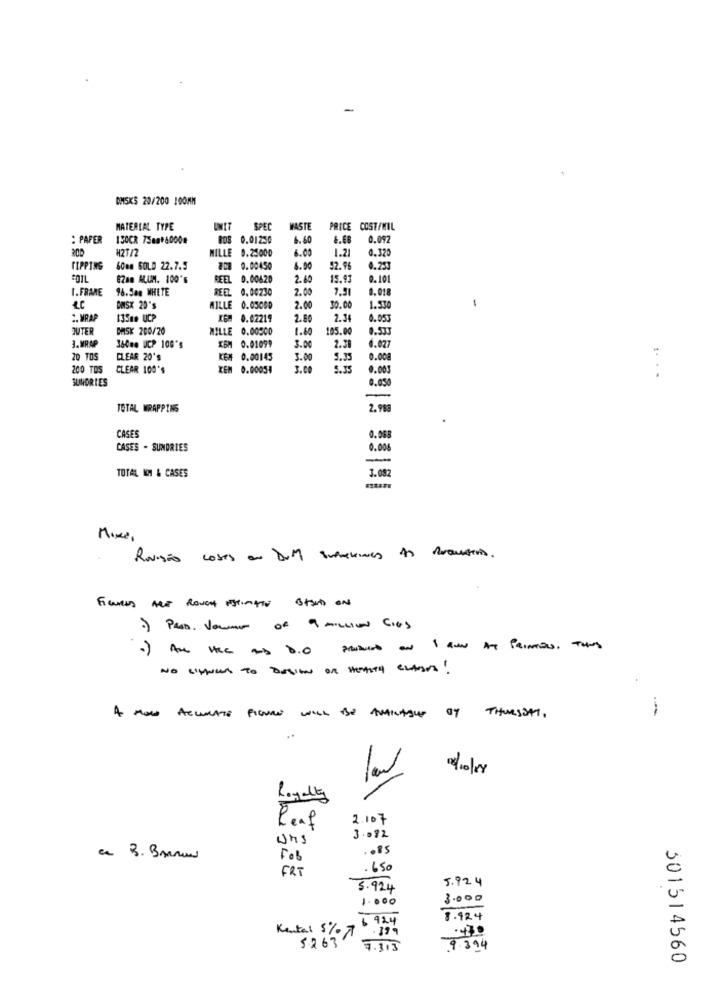
-
DMSKS 20/200 100MM
MATERIAL TYPE
SPEC
WASTE
PRICE COST/MIL
: PAPER
150CR 738896000#
BOS 0.01230
6.60
6.68
0.092
aco
H21/2
MILLE 0.25000
6.00
1.21
0.320
TIPPING
60mm GOLD 22.7.5
808 0.00450
6.00
12.96
0.253
COIL
82am ALIM. 100's
FEEL 0.00620
2.60
15.93
0. 101
1.FRAME
96.5am WHITE
REEL 0.00230
2.00
7.91
1.018
DNSX 20's
WILLE 0.05060
2.00
$0.00
1.530
WRAP
135me UCP
KGM 0.02219
2.80
2.3
0.053
OUTER
DASK 200/20
MILLE 0.00500
1.60
105.00
8.53
3.MRAP
3.00
2.38
1.027
360mm UCP 100's
IBM 0.01099
20 TOS
CLEAR 20'S
KE# 0.00145
3.00
5.35
200 TOS
CLEAR 100's
ZEM 0.00054
3.C.
5.35
0.003
SUNORIES
0.05
TOTAL WRAPPING
2.989
CASES
0.083
CASES - SUNDRIES
0.006
-
TOTAL NA & CASES
3.082
Mixer
Revisão coses an Dum summekines to Puaustin.
NO SIMNUL TO DESIGN OF HEALTH CLAIMS!
A HOW ACCULATE FIGURE WILL Be AVAILABLE on THURSDAY,
-
Royalty
Reaf
2.107
uns
3.072
. OBS
a B. Bunun
Fob
FRT
.650
5.924
5.924
1.000
3.000
8.924
.470
Kental 5% 7
5263
7.313
9.394
501514560